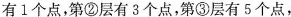
有1个点，第②层有3个点，第③层有5个点，